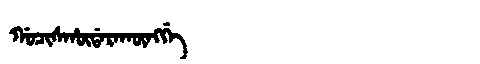
Manchu: ᡤᠣᠴᡳᠰᡥᡡᡩᠠᡵᠠᡴᡡᠩᡤᡝ
Romanization: GOCISHŪDARAKŪNGGE